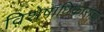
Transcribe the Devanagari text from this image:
विशेषाधिकाराचा